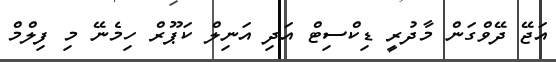
އަޖޭ ދޭވްގަން މާދުރީ ޑިކްސިޓް އަދި އަނިލް ކަޕޫރް ހިމެނޭ މި ފިލްމް